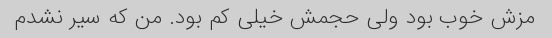
مزش خوب بود ولی حجمش خیلی کم بود. من که سیر نشدم